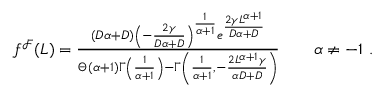
\begin{array} { r } { f ^ { \mathcal { F } } ( L ) = \frac { ( D \alpha + D ) \left( - \frac { 2 \gamma } { D \alpha + D } \right) ^ { \frac { 1 } { \alpha + 1 } } e ^ { \frac { 2 \gamma L ^ { \alpha + 1 } } { D \alpha + D } } } { \Theta ( \alpha + 1 ) \Gamma \left( \frac { 1 } { \alpha + 1 } \right) - \Gamma \left( \frac { 1 } { \alpha + 1 } , - \frac { 2 L ^ { \alpha + 1 } \gamma } { \alpha D + D } \right) } \qquad \alpha \neq - 1 \ . } \end{array}